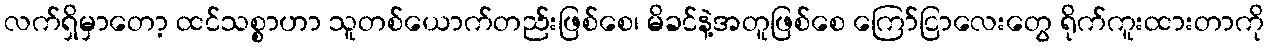
လက်ရှိမှာတော့ ထင်သစ္စာဟာ သူတစ်ယောက်တည်းဖြစ်စေ၊ မိခင်နဲ့အတူဖြစ်စေ ကြော်ငြာလေးတွေ ရိုက်ကူးထားတာကို